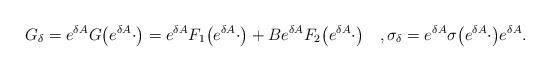
LaTeX: \begin{align*}G_{\delta}=e^{\delta A}G\bigl(e^{\delta A}\cdot\bigr)=e^{\delta A}F_1\bigr(e^{\delta A}\cdot\bigr)+Be^{\delta A}F_2\bigl(e^{\delta A}\cdot\bigr) \quad,\sigma_{\delta}=e^{\delta A}\sigma\bigl(e^{\delta A}\cdot\bigr)e^{\delta A}.\end{align*}